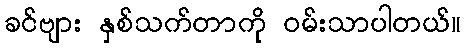
ခင်ဗျား နှစ်သက်တာကို ဝမ်းသာပါတယ်။